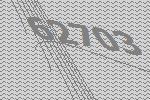
62703